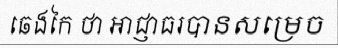
ឆេងកៃ ថា អាជ្ញាធរបានសម្រេច